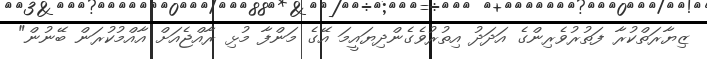
ޒިޔާރަތްކުރާ ފަތުރުވެރިންގެ އަދަދު އިތުރުވެގެންދިޔައީމަ އޭގެ މަންފާ މުޅި ރާއްޖެއަށް އާއްމުކުރަން ބޭނުން"